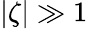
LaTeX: |\zeta|\gg 1